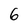
Character: 6